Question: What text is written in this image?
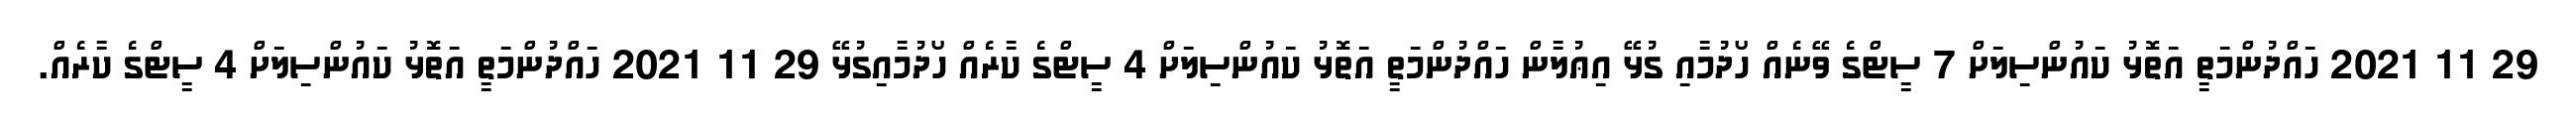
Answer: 29 11 2021 ހައްދުންމަތީ އަތޮޅު ކައުންސިލަށް 7 ސީޓްގެ ވޭނެއް ހޯދުމާއި ގުޅޭ އިޢުލާން ހައްދުންމަތީ އަތޮޅު ކައުންސިލަށް 4 ސީޓްގެ ކާރެއް ހޯދުމާއިގުޅޭ 29 11 2021 ހައްދުންމަތީ އަތޮޅު ކައުންސިލަށް 4 ސީޓްގެ ކާރެއް.